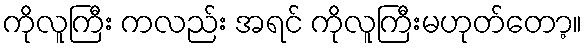
ကိုလူကြီး ကလည်း အရင် ကိုလူကြီးမဟုတ်တော့။